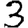
Digit: 3